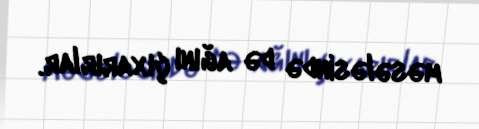
məsələsində də ağını çıxarırlar.